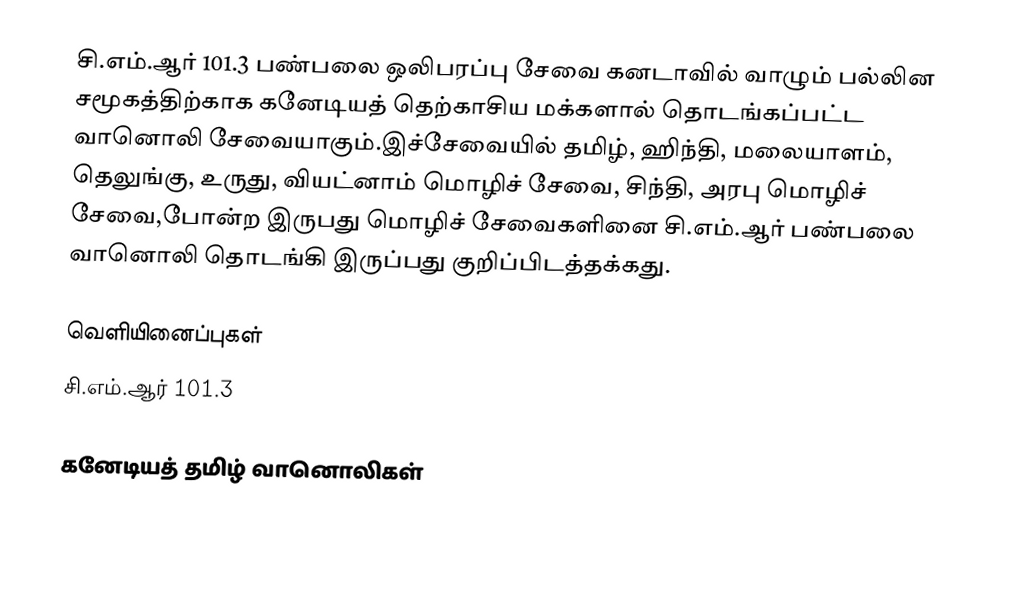
சி.எம்.ஆர் 101.3 பண்பலை ஒலிபரப்பு சேவை கனடாவில் வாழும் பல்லின சமூகத்திற்காக கனேடியத் தெற்காசிய மக்களால் தொடங்கப்பட்ட வானொலி சேவையாகும்.இச்சேவையில் தமிழ், ஹிந்தி, மலையாளம், தெலுங்கு, உருது, வியட்னாம் மொழிச் சேவை, சிந்தி, அரபு மொழிச் சேவை,போன்ற இருபது மொழிச் சேவைகளினை சி.எம்.ஆர் பண்பலை வானொலி தொடங்கி இருப்பது குறிப்பிடத்தக்கது.

வெளியினைப்புகள்
சி.எம்.ஆர் 101.3

கனேடியத் தமிழ் வானொலிகள்